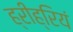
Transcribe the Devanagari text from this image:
ह्रीह्रियं